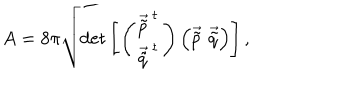
LaTeX: A = 8 \pi \sqrt { \mathrm { d e t } \left[ \left( \begin{array} { c } { { \vec { \tilde { p } } ^ { t } } } \\ { { \vec { \tilde { q } } ^ { t } } } \\ \end{array} \right) \left( \vec { \tilde { p } } \, \, \vec { \tilde { q } } \right) \right] } \, ,